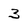
Character: 3